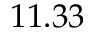
1 1 . 3 3